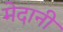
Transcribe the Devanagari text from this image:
मेदानी